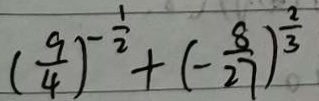
( \frac { 9 } { 4 } ) ^ { - \frac { 1 } { 2 } } + ( - \frac { 8 } { 2 7 } ) ^ { \frac { 2 } { 3 } }